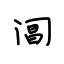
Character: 阊